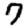
Digit: 7